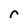
Character: r